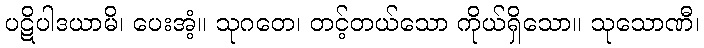
ပဋိပါဒယာမိ၊ ပေးအံ့။ သုဂတေ၊ တင့်တယ်သော ကိုယ်ရှိသော။ သုသောဏီ၊